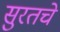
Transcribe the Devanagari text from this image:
सुरतचे